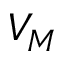
V _ { M }